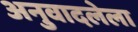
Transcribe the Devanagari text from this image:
अनुवादलेला